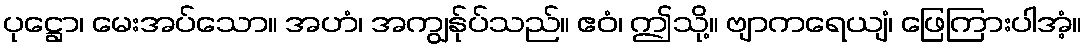
ပုဋ္ဌော၊ မေးအပ်သော။ အဟံ၊ အကျွန်ုပ်သည်။ ဧဝံ၊ ဤသို့။ ဗျာကရေယျံ၊ ဖြေကြားပါအံ့။